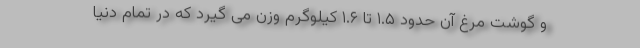
و گوشت مرغ آن حدود ۱.۵ تا ۱.۶ کیلوگرم وزن می گیرد که در تمام دنیا